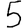
Digit: 5